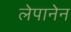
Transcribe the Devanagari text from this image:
लेपानेन